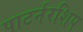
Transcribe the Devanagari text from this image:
पाटर्नरशिप